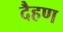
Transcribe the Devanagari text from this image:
दैहण